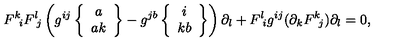
F ^ { k } \! _ { i } F ^ { l } \! _ { j } \left( g ^ { i j } \left\{ \begin{array} { c } { a } \\ { a k } \\ \end{array} \right\} - g ^ { j b } \left\{ \begin{array} { c } { i } \\ { k b } \\ \end{array} \right\} \right) \partial _ { l } + F ^ { l } \! _ { i } g ^ { i j } ( \partial _ { k } F ^ { k } \! _ { j } ) \partial _ { l } = 0 ,